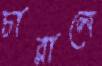
চারালে